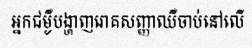
អ្នកជម្ងឺបង្ហាញរោគសញ្ញាឈឺចាប់នៅលើ